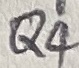
Text: Q4